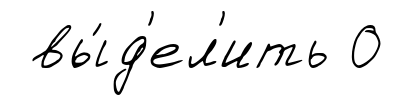
вы́д'ел'ить 0